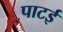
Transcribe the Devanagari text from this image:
पाटई